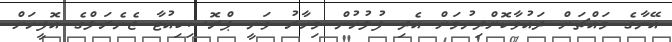
އޭނާގެ މައްޗަށް ދައުވާކޮށްދިނުމަށް އެދި ފުލުހުން މިހާރު ވަނީ ޕްރޮސިކިއުޓާ ޖެނެރަލްގެ އޮފީހަށް